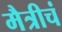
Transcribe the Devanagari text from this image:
मैत्रीचं